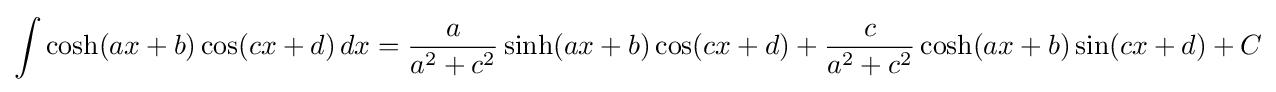
\int \cosh(ax+b)\cos(cx+d)\,dx={\frac {a}{a^{2}+c^{2}}}\sinh(ax+b)\cos(cx+d)+{\frac {c}{a^{2}+c^{2}}}\cosh(ax+b)\sin(cx+d)+C